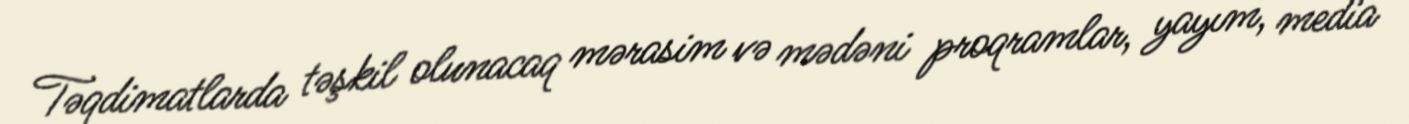
Təqdimatlarda təşkil olunacaq mərasim və mədəni proqramlar, yayım, media